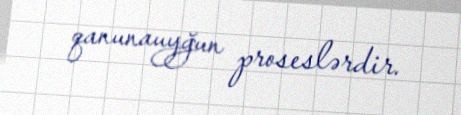
qanunauyğun proseslərdir.